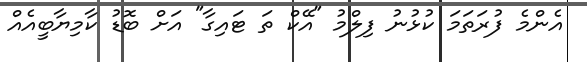
އެންމެ ފުރަތަމަ ކުޅުނު ފިލްމު "އޭކް ތަ ޓައިގާ" އަށް ބޮޑު ކާމިޔާބީއެއް